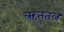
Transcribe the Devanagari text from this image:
ऋतूतले